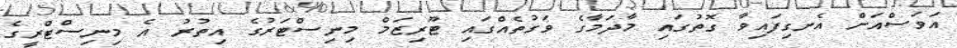
އަވަސްއަށް އެނގިފައިވާ ގޮތުގައި މާދަމާގެ ވަގުތެއްގައި ޓޫރިޒަމް މިނިސްޓަރުގެ އިތުރު އެ މިނިސްޓްރީގެ